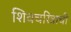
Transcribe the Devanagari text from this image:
शिवचरित्राची